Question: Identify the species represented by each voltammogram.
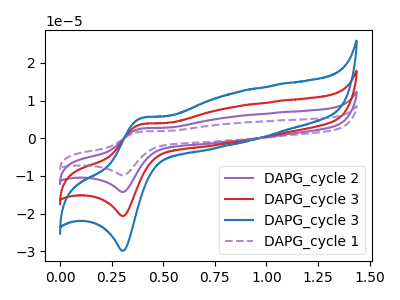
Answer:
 <answer>The purple curve is labeled "DAPG_cycle 2". The red curve is labeled "DAPG_cycle 3". The blue curve is labeled "DAPG_cycle 3". The purple dashed curve is labeled "DAPG_cycle 1".</answer>
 <eval></eval>